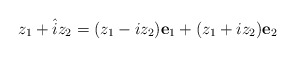
\begin{align*} z_1 +\hat{i}z_2 = (z_1 -iz_2 )\textbf{e}_1 + (z_1 +iz_2 )\textbf{e}_2 \end{align*}